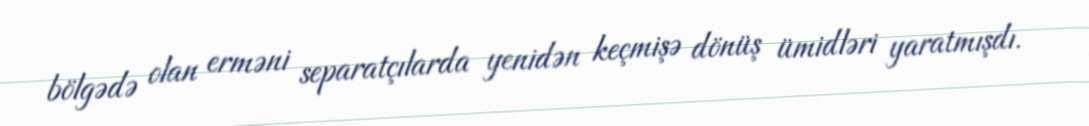
bölgədə olan erməni separatçılarda yenidən keçmişə dönüş ümidləri yaratmışdı.